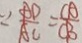
\because \frac { A D } { A C } = \frac { C A } { C B }